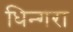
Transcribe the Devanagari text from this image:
धिन्गरा